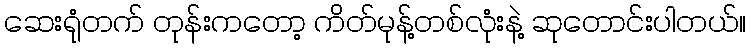
ဆေးရုံတက် တုန်းကတော့ ကိတ်မုန့်တစ်လုံးနဲ့ ဆုတောင်းပါတယ်။